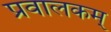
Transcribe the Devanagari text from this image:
प्रवालकम्‌